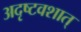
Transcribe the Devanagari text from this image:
अदृष्टवशात्‌